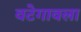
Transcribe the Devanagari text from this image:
वटेगावला